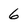
Character: 6